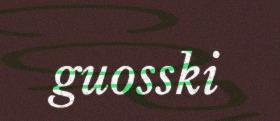
guosski